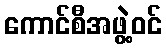
ကောင်စီအဖွဲ့ဝင်